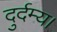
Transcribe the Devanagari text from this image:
दुर्दम्य।